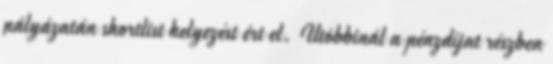
pályázatán shortlist helyezést ért el. Utóbbinál a pénzdíjat részben